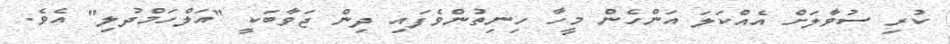
ކުރި ސުވާލަށް އެއްކަލަ އަންހެން މީހާ ހިނިތުންވެފައި ދިން ޖަވާބަކީ "އަލްހަމްދުލި" އެވެ.